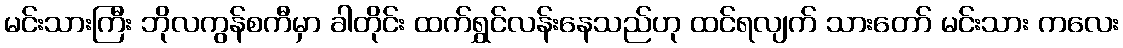
မင်းသားကြီး ဘိုလကွန်စကီမှာ ခါတိုင်း ထက်ရွှင်လန်းနေသည်ဟု ထင်ရလျက် သားတော် မင်းသား ကလေး